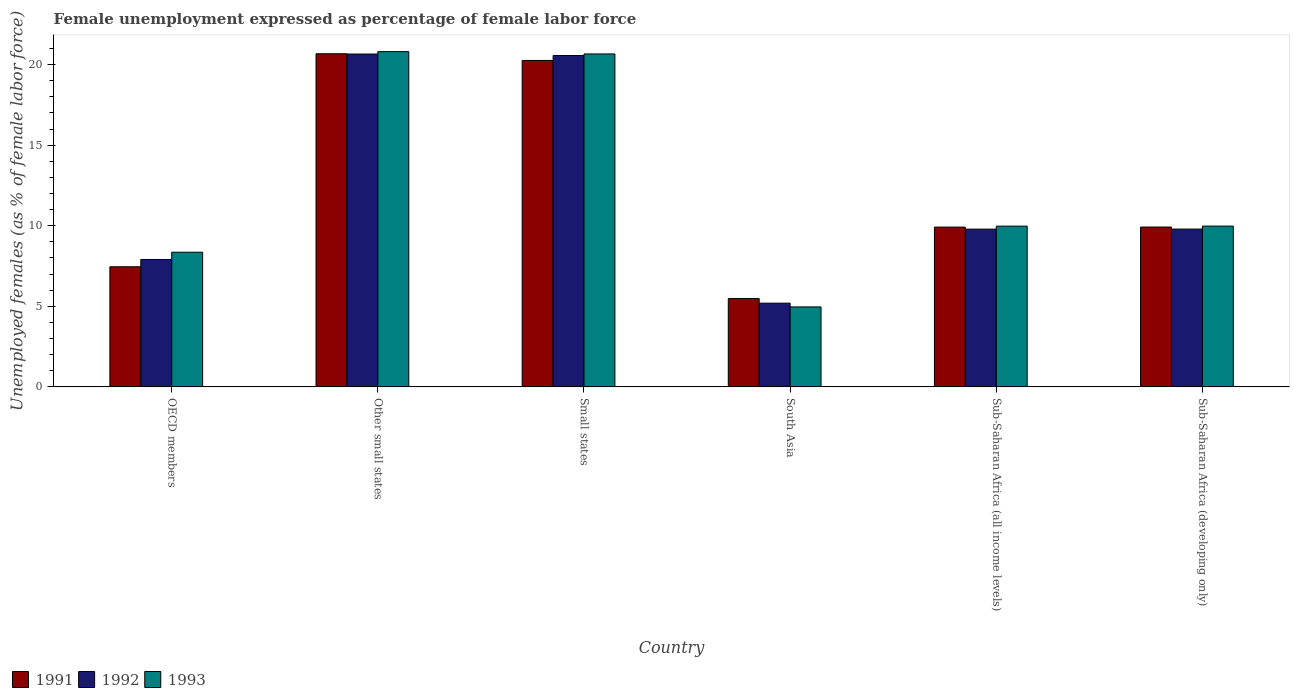
| Country | 1991 | 1992 | 1993 |
 | --- | --- | --- | --- |
 | OECD members | 7.45 | 7.9 | 8.35 |
 | Other small states | 20.7 | 20.7 | 20.8 |
 | Small states | 20.3 | 20.6 | 20.7 |
 | South Asia | 5.48 | 5.19 | 4.96 |
 | Sub-Saharan Africa (all income levels) | 9.91 | 9.79 | 9.97 |
 | Sub-Saharan Africa (developing only) | 9.92 | 9.79 | 9.98 |